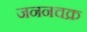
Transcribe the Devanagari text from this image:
जननचक्र